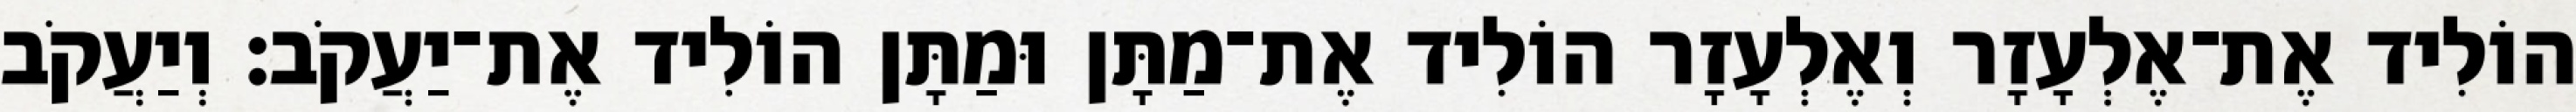
הוֹלִיד אֶת־אֶלְעָזָר וְאֶלְעָזָר הוֹלִיד אֶת־מַתָּן וּמַתָּן הוֹלִיד אֶת־יַעֲקֹב׃ וְיַעֲקֹב